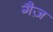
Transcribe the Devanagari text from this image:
गैज़